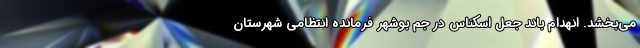
می‌بخشد. انهدام باند جعل اسکناس در جم بوشهر فرمانده انتظامی شهرستان